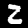
Digit: 2